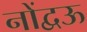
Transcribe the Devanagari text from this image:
नोंद्वऊ